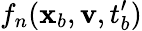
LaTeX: f_{n}(\mathbf{x}_{b},\mathbf{v},t_{b}^{\prime})